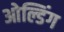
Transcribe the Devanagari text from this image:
ओल्डिंग